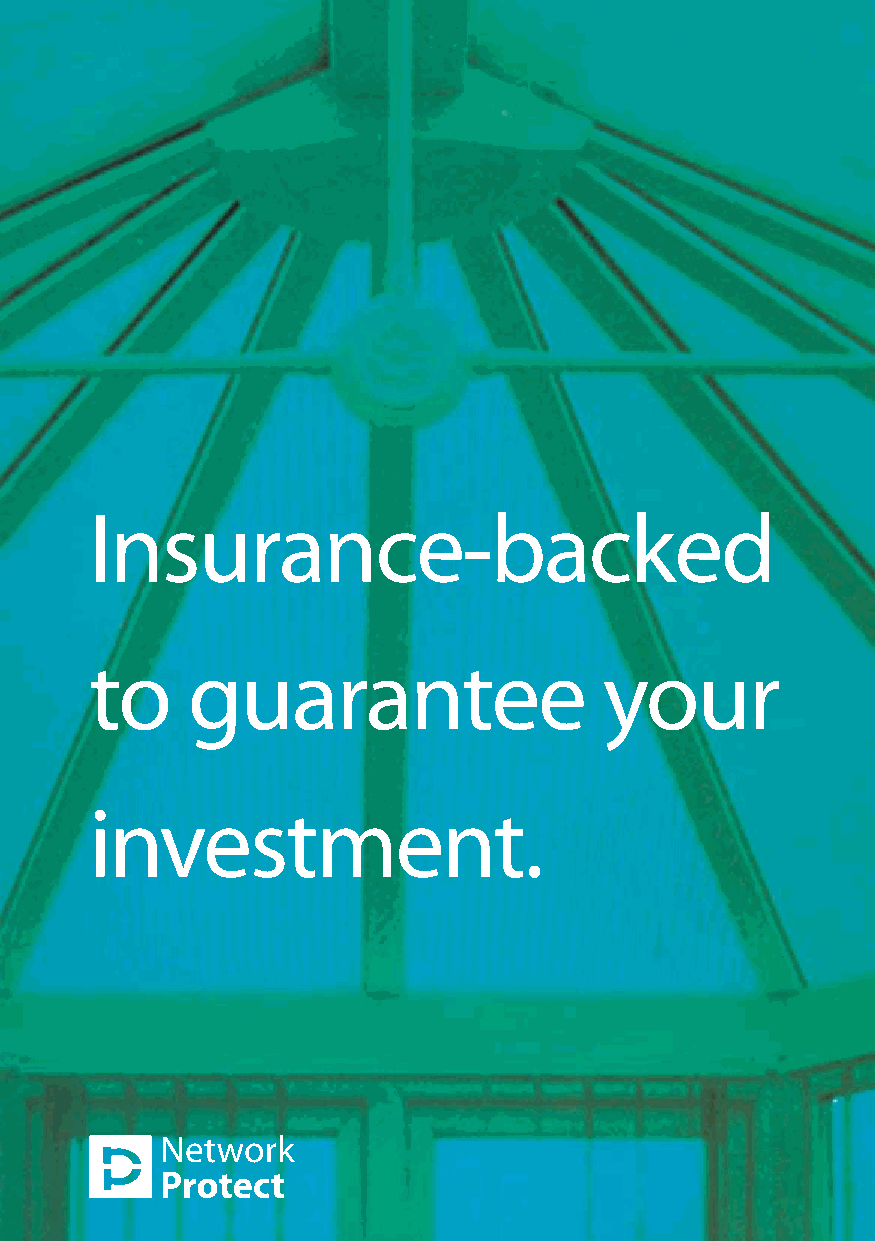
Insurance-backed
 to    guarantee                   your
 investment.